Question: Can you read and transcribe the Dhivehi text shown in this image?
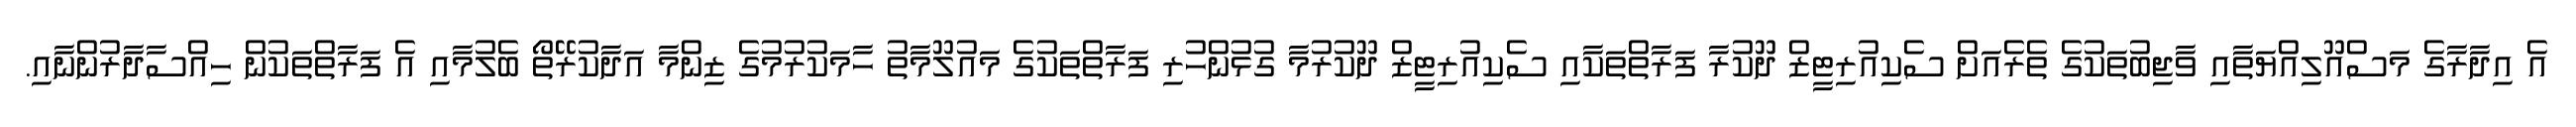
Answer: އެ އިދާރާގެ މަސްއޫލިއްޔަތާއި ވާޖިބުތަކުގެ ތެރެއަށް ސެކިއުރިޓީޒް ދޫކުރާ ފަރާތްތަކާއި ސެކިއުރިޓީޒް ދޫކުރުމާ ގުޅުންހުރި ފަރާތްތަކުގެ މައުލޫމާތު ހާމަކުރުމުގެ ޒިންމާ އަދާކުރޭތޯ ބެލުމާއި އެ ފަރާތްތަކުން ހިއްސާދާރުންނާއި.